Eesti_Esindaja_Kaug-Idas_ja_Hiinas, lk 12
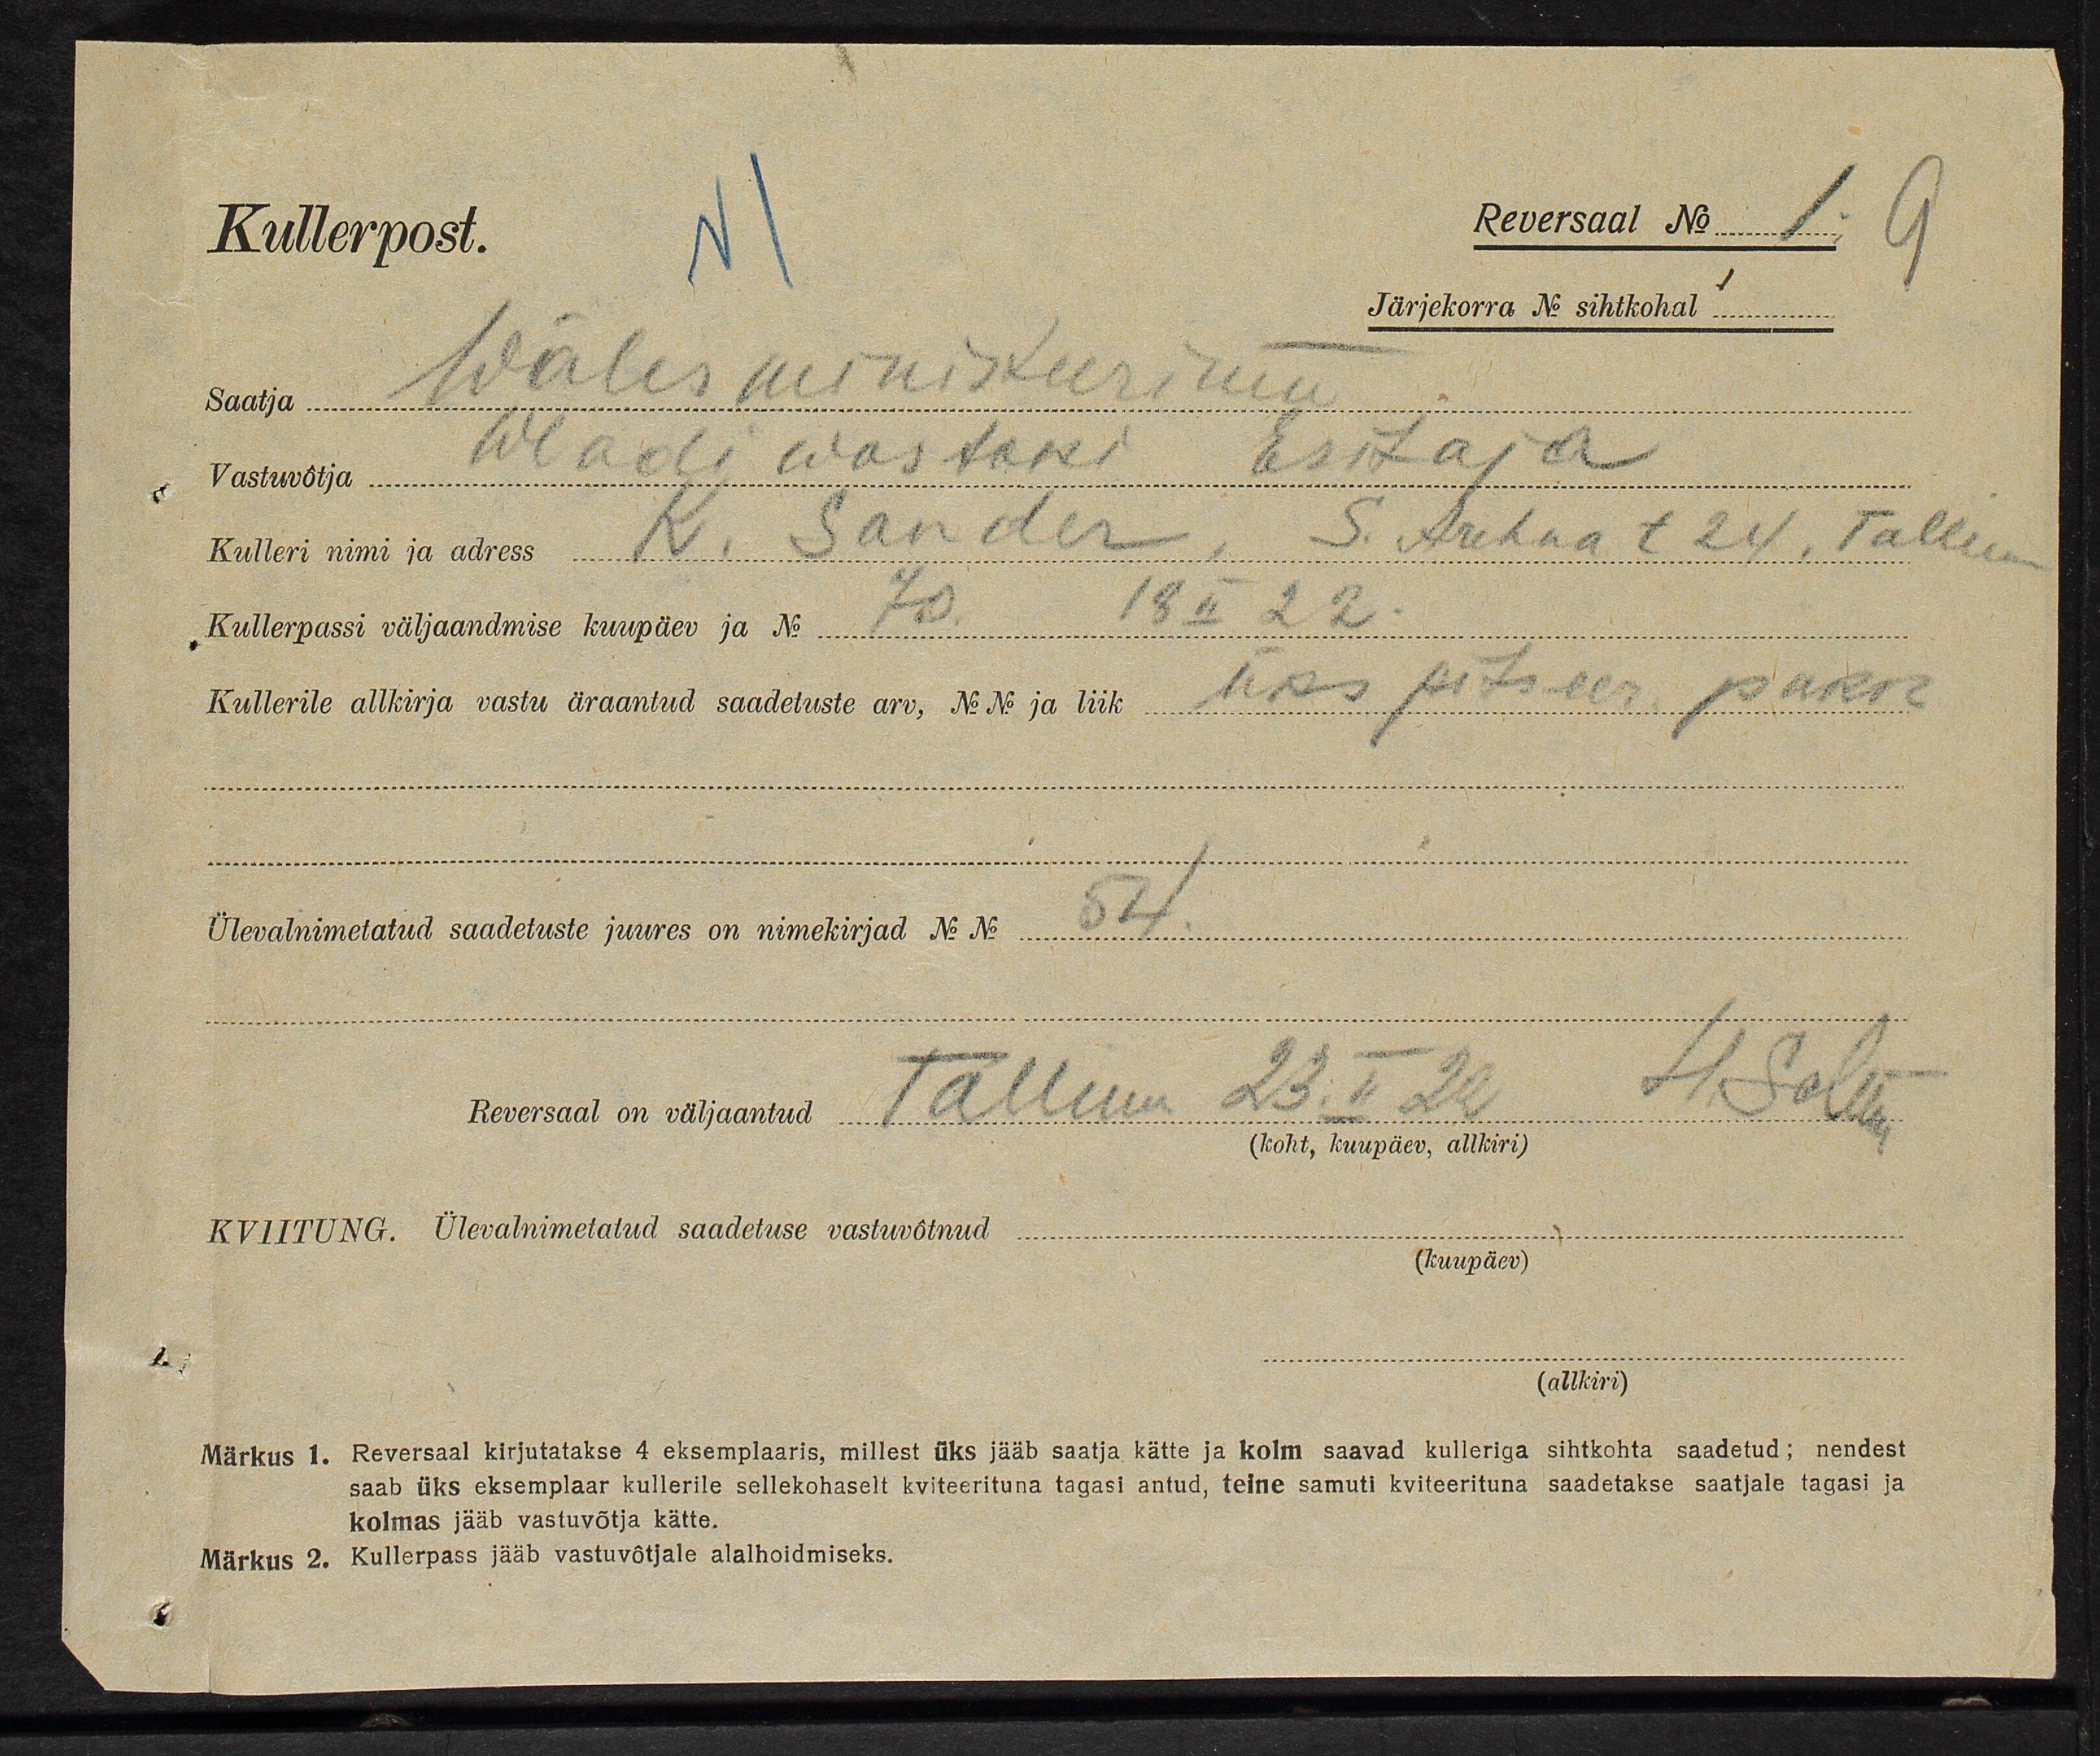
Kullerpost.
Reversaal No 19
Järjekorra No sihtkohal
Saatja Wälisministeerium
Vastuvõtja Wladiwostoki Esitaja
Kulleri nimi ja adress K. Sander, S. Arehna t 24, Tallinn
Kullerpassi väljaandmise kuupäev ja No. 70 18.II 22.
Kullerile allkirja vastu äraantud saadetuste arv, No No ja liik üks pitseer. pakk
Ülevalnimetatud saadetuste juures on nimekirjad No No 54
Reversaal on väljaantud Tallinn 23.II 22 H. Solson
(koht, kuupäev, allkiri)
KVIITUNG. Ülevalnimetatud saadetuse vastuvõtnud
(kuupäev)
(allkiri)
Märkus 1. Reversaal kirjutatakse 4 eksemplaris, millest üks jääb saatja kätte ja kolm saavad kulleriga sihtkohta saadetud; nendest
saab üks eksemplaar kullerile sellekohaselt kviteerituna tagasi antud, teine samuti kviteerituna saadetakse saatjale tagasi ja
kolmas jääb vastuvõtja kätte.
Märkus 2. Kullerpass jääb vastuvõtjale alalhoidmiseks.